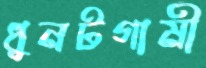
ধুনটগামী